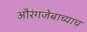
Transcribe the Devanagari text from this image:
औरंगजेबाच्याच